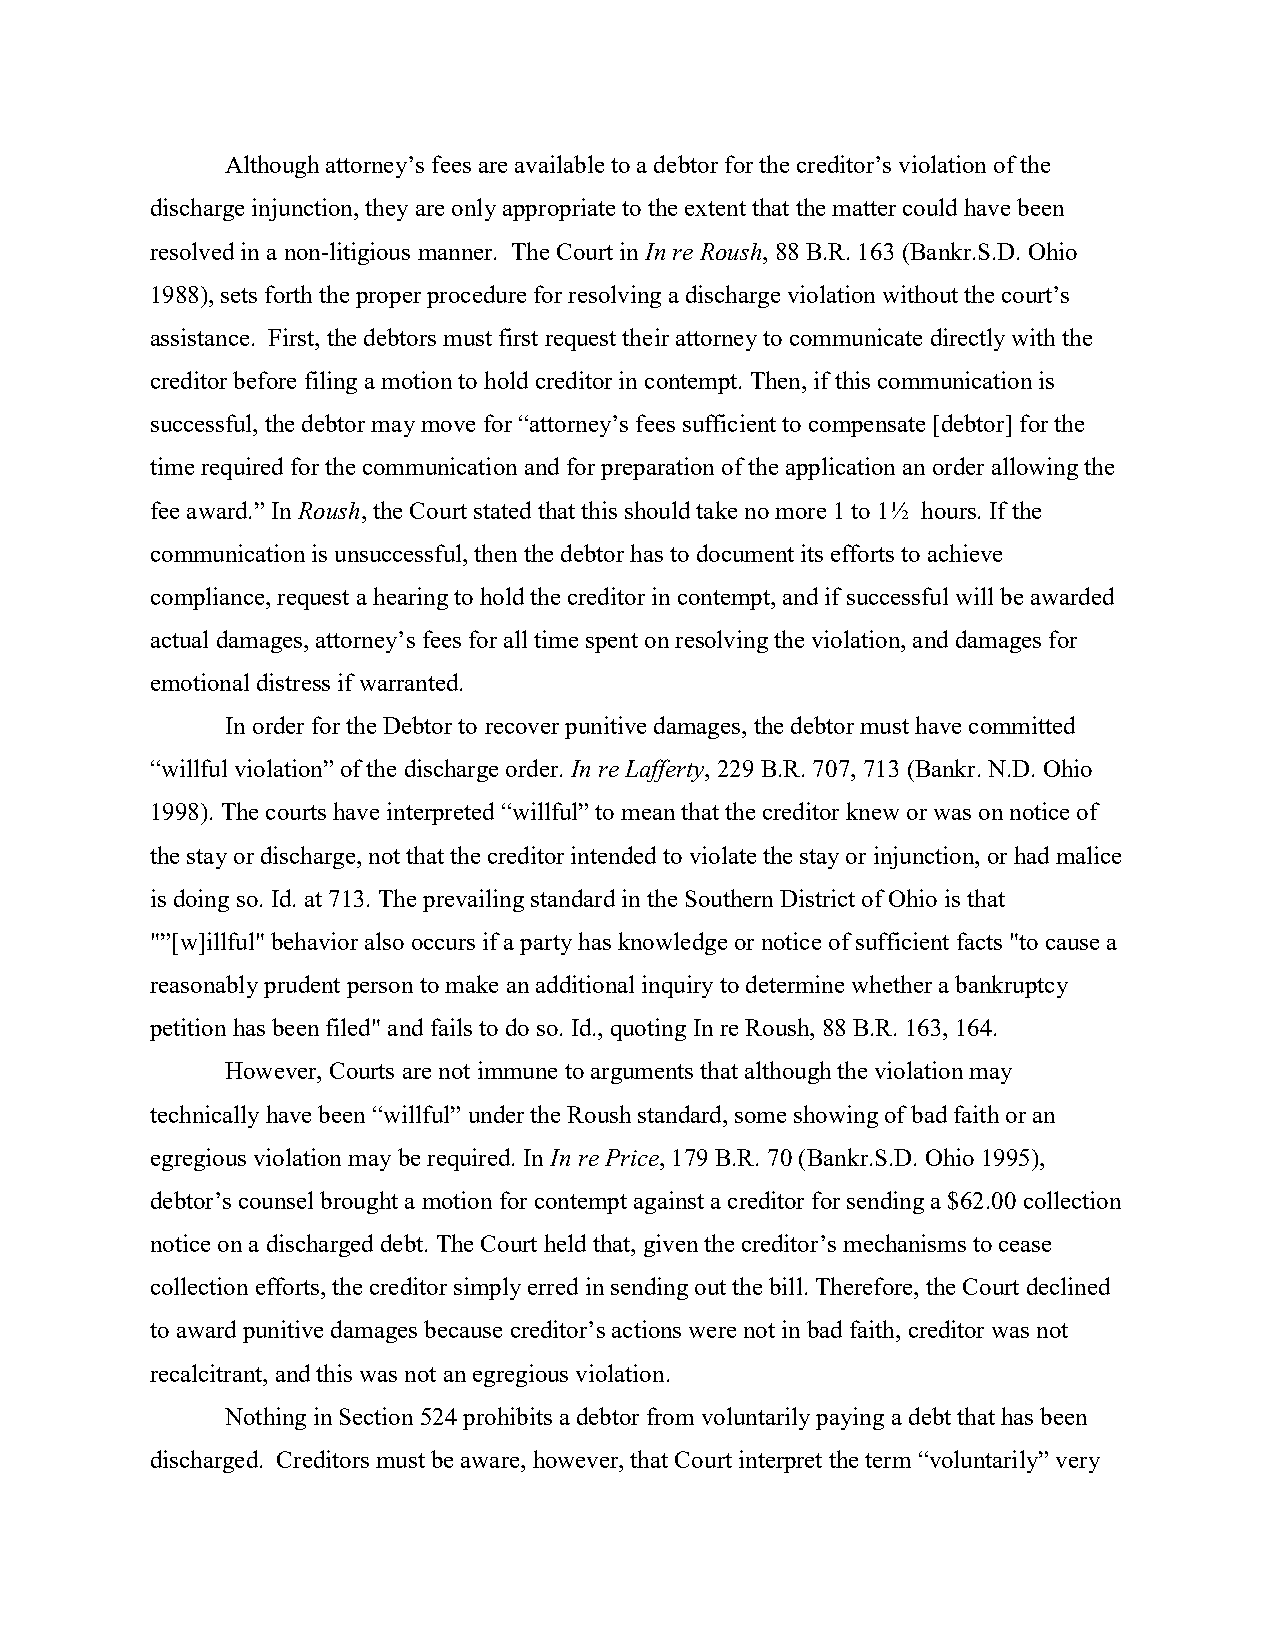
Although attorney’s fees are available to a debtor for the creditor’s violation of the
 discharge injunction, they are only appropriate to the extent that the matter could have been
 resolved in a non-litigious manner. The Court in In re Roush, 88 B.R. 163 (Bankr.S.D. Ohio
 1988), sets forth the proper procedure for resolving a discharge violation without the court’s
 assistance. First, the debtors must first request their attorney to communicate directly with the
 creditor before filing a motion to hold creditor in contempt. Then, if this communication is
 successful, the debtor may move for “attorney’s fees sufficient to compensate [debtor] for the
 time required for the communication and for preparation of the application an order allowing the
 fee award.” In Roush, the Court stated that this should take no more 1 to 1½ hours. If the
 communication is unsuccessful, then the debtor has to document its efforts to achieve
 compliance, request a hearing to hold the creditor in contempt, and if successful will be awarded
 actual damages, attorney’s fees for all time spent on resolving the violation, and damages for
 emotional distress if warranted.
 In order for the Debtor to recover punitive damages, the debtor must have committed
 “willful violation” of the discharge order. In re Lafferty, 229 B.R. 707, 713 (Bankr. N.D. Ohio
 1998). The courts have interpreted “willful” to mean that the creditor knew or was on notice of
 the stay or discharge, not that the creditor intended to violate the stay or injunction, or had malice
 is doing so. Id. at 713. The prevailing standard in the Southern District of Ohio is that
 "”[w]illful" behavior also occurs if a party has knowledge or notice of sufficient facts "to cause a
 reasonably prudent person to make an additional inquiry to determine whether a bankruptcy
 petition has been filed" and fails to do so. Id., quoting In re Roush, 88 B.R. 163, 164.
 However, Courts are not immune to arguments that although the violation may
 technically have been “willful” under the Roush standard, some showing of bad faith or an
 egregious violation may be required. In In re Price, 179 B.R. 70 (Bankr.S.D. Ohio 1995),
 debtor’s counsel brought a motion for contempt against a creditor for sending a $62.00 collection
 notice on a discharged debt. The Court held that, given the creditor’s mechanisms to cease
 collection efforts, the creditor simply erred in sending out the bill. Therefore, the Court declined
 to award punitive damages because creditor’s actions were not in bad faith, creditor was not
 recalcitrant, and this was not an egregious violation.
 Nothing in Section 524 prohibits a debtor from voluntarily paying a debt that has been
 discharged. Creditors must be aware, however, that Court interpret the term “voluntarily” very